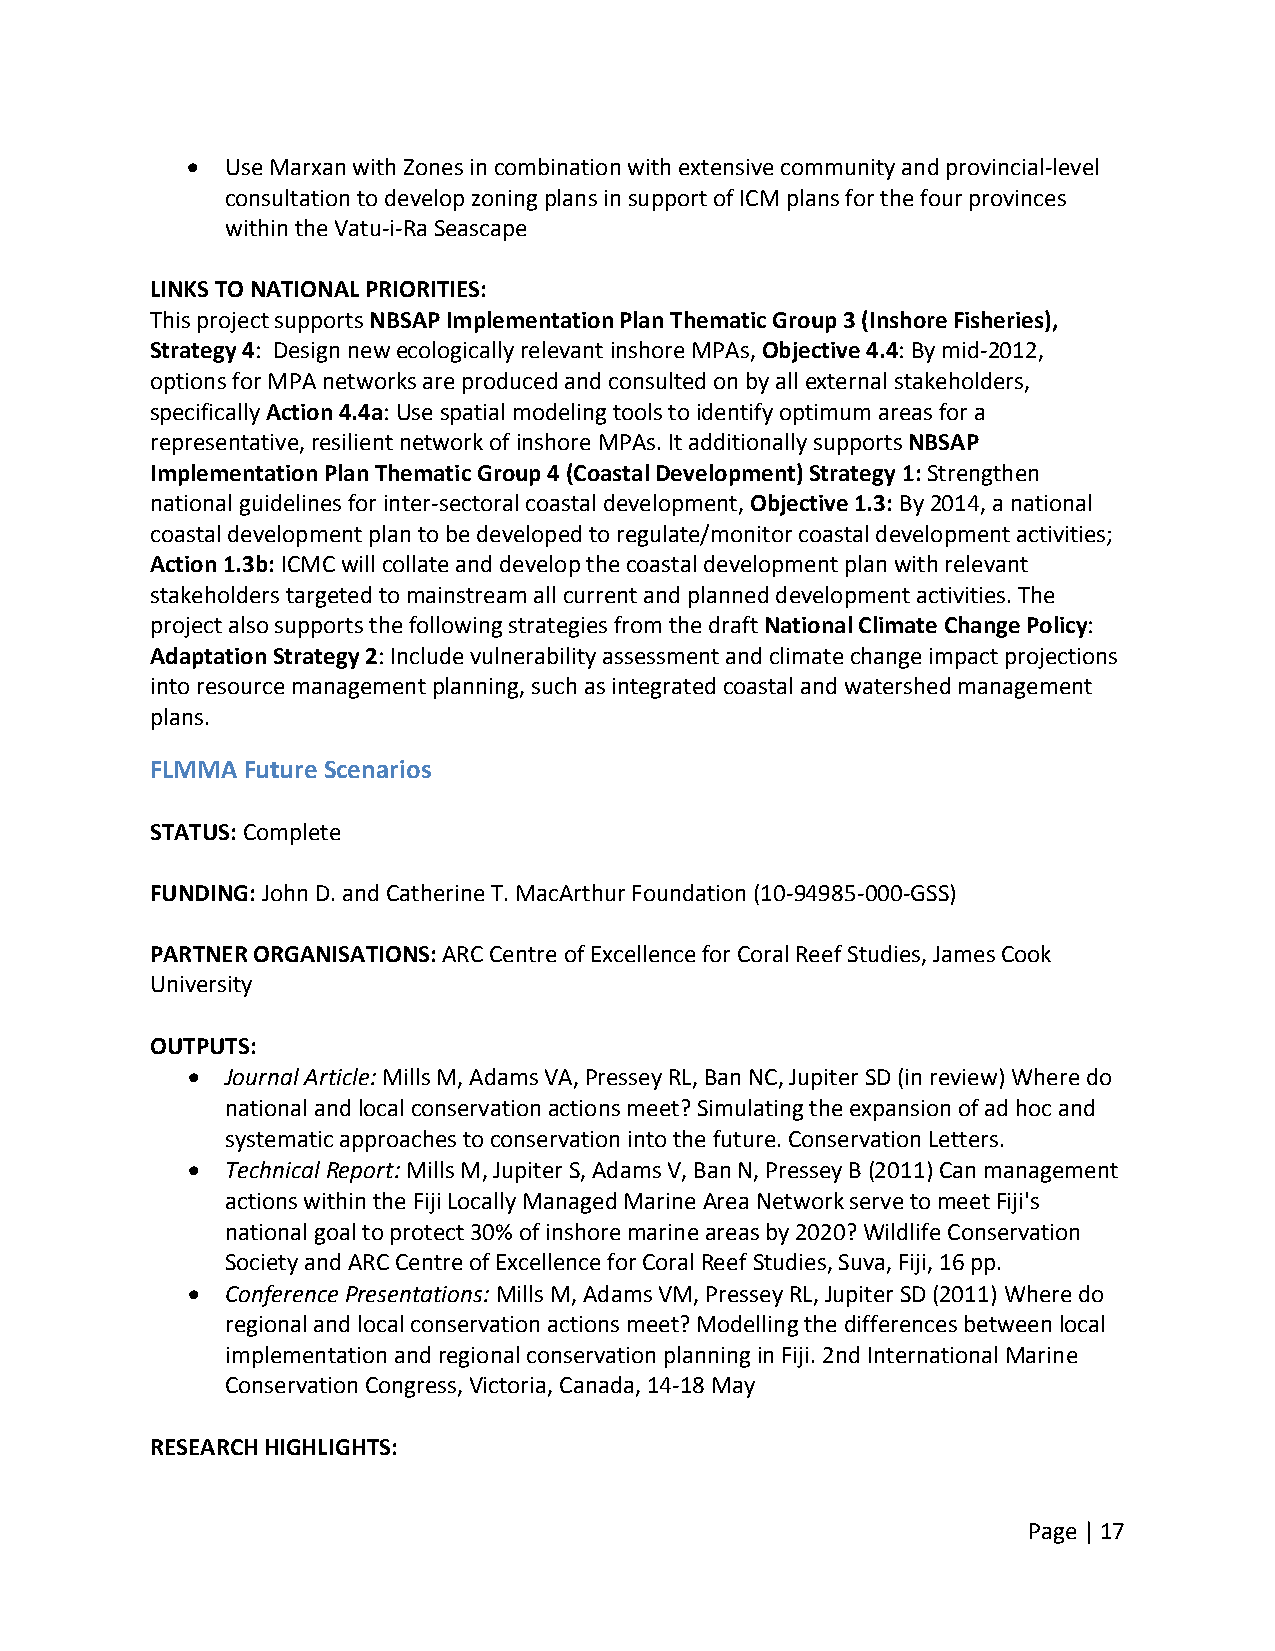
  Use Marxan with Zones in combination with extensive community and provincial‐level
 consultation to develop zoning plans in support of ICM plans for the four provinces
 within the Vatu‐i‐Ra Seascape
 LINKS TO NATIONAL PRIORITIES:
 This project supports NBSAP Implementation Plan Thematic Group 3 (Inshore Fisheries),
 Strategy 4: Design new ecologically relevant inshore MPAs, Objective 4.4: By mid‐2012,
 options for MPA networks are produced and consulted on by all external stakeholders,
 specifically Action 4.4a: Use spatial modeling tools to identify optimum areas for a
 representative, resilient network of inshore MPAs. It additionally supports NBSAP
 Implementation Plan Thematic Group 4 (Coastal Development) Strategy 1: Strengthen
 national guidelines for inter‐sectoral coastal development, Objective 1.3: By 2014, a national
 coastal development plan to be developed to regulate/monitor coastal development activities;
 Action 1.3b: ICMC will collate and develop the coastal development plan with relevant
 stakeholders targeted to mainstream all current and planned development activities. The
 project also supports the following strategies from the draft National Climate Change Policy:
 Adaptation Strategy 2: Include vulnerability assessment and climate change impact projections
 into resource management planning, such as integrated coastal and watershed management
 plans.
 FLMMA Future Scenarios
 STATUS: Complete
 FUNDING: John D. and Catherine T. MacArthur Foundation (10‐94985‐000‐GSS)
 PARTNER ORGANISATIONS: ARC Centre of Excellence for Coral Reef Studies, James Cook
 University
 OUTPUTS:
   Journal Article: Mills M, Adams VA, Pressey RL, Ban NC, Jupiter SD (in review) Where do
 national and local conservation actions meet? Simulating the expansion of ad hoc and
 systematic approaches to conservation into the future. Conservation Letters.
   Technical Report: Mills M, Jupiter S, Adams V, Ban N, Pressey B (2011) Can management
 actions within the Fiji Locally Managed Marine Area Network serve to meet Fiji's
 national goal to protect 30% of inshore marine areas by 2020? Wildlife Conservation
 Society and ARC Centre of Excellence for Coral Reef Studies, Suva, Fiji, 16 pp.
   Conference Presentations: Mills M, Adams VM, Pressey RL, Jupiter SD (2011) Where do
 regional and local conservation actions meet? Modelling the differences between local
 implementation and regional conservation planning in Fiji. 2nd International Marine
 Conservation Congress, Victoria, Canada, 14‐18 May
 RESEARCH HIGHLIGHTS:
 Page | 17